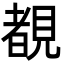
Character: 覩